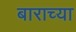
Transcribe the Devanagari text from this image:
बाराच्या